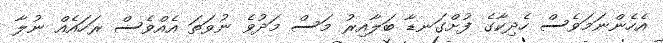
އެހެންނަމަވެސް ހެދިކާގެ ފުށްގަނޑާ ބަލާއިރު މަސް މަދުވެ ނުވަތަ އެއްވެސް ރަހައެއް ނުލާ